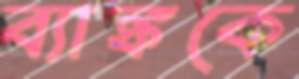
ব্যাঙ্ককে